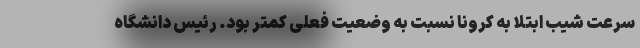
سرعت شیب ابتلا به کرونا نسبت به وضعیت فعلی کمتر بود. رئیس دانشگاه